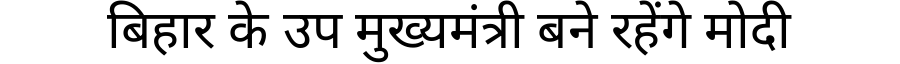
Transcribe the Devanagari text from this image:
बिहार के उप मुख्यमंत्री बने रहेंगे मोदी